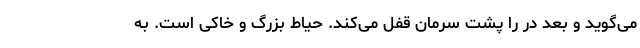
می‌گوید و بعد در را پشت سرمان قفل می‌کند. حیاط بزرگ و خاکی است. به